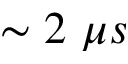
\sim 2 \ \mu s